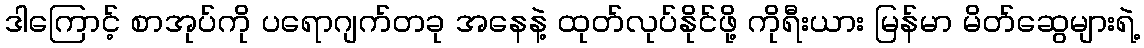
ဒါကြောင့် စာအုပ်ကို ပရောဂျက်တခု အနေနဲ့ ထုတ်လုပ်နိုင်ဖို့ ကိုရီးယား မြန်မာ မိတ်ဆွေများရဲ့